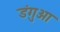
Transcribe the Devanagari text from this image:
डंगुआ